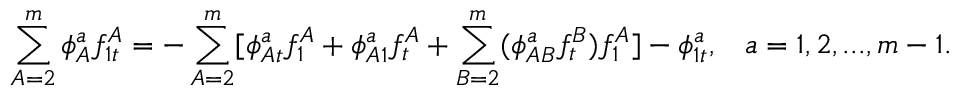
\sum _ { A = 2 } ^ { m } \phi _ { A } ^ { a } f _ { 1 t } ^ { A } = - \sum _ { A = 2 } ^ { m } [ \phi _ { A t } ^ { a } f _ { 1 } ^ { A } + \phi _ { A 1 } ^ { a } f _ { t } ^ { A } + \sum _ { B = 2 } ^ { m } ( \phi _ { A B } ^ { a } f _ { t } ^ { B } ) f _ { 1 } ^ { A } ] - \phi _ { 1 t } ^ { a } , \; \; \; a = 1 , 2 , . . . , m - 1 .